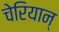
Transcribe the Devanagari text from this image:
चेरियान्